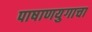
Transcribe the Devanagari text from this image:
पाषाणयुगाचा